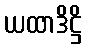
ယထာဒိဋ္ဌိ